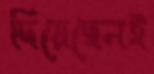
দিয়েছেনই